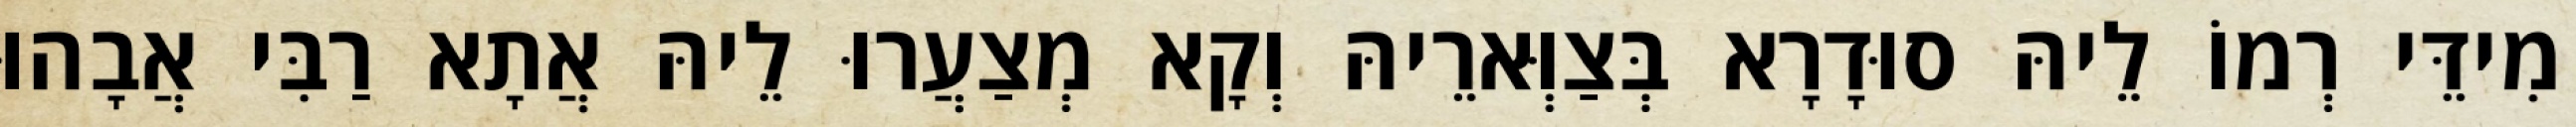
מִידֵּי רְמוֹ לֵיהּ סוּדָרָא בְּצַוְּארֵיהּ וְקָא מְצַעֲרוּ לֵיהּ אֲתָא רַבִּי אֲבָהוּ